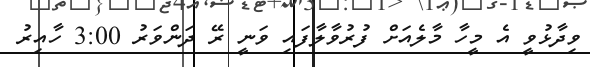
ވިދާޅުވީ އެ މީހާ މާލެއަށް ފުރުވާލާފައި ވަނީ ރޭ ދަންވަރު 3:00 ހާއިރު